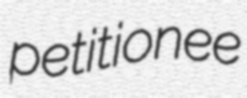
petitionee